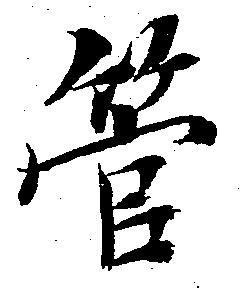
管